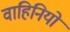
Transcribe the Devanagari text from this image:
वाहिनियो